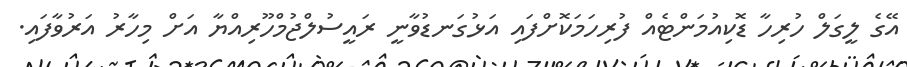
އޭގެ ލީގަލް ހުރިހާ ޑޮކިއުމަންޓެއް ފުރިހަމަކޮށްފައި އަޅުގަނޑުވާނީ ރައީސުލްޖުމްހޫރިއްޔާ އަށް މިހާރު އަރުވާފައި.